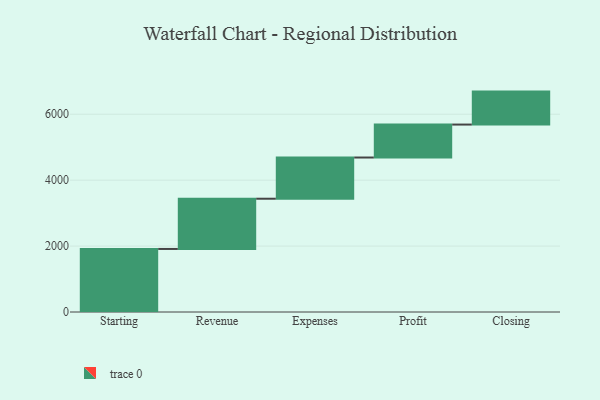
{"axis": {"x": "Step", "y": "Value"}, "legend": [""], "data": [{"x": "Starting", "y": 1913.0, "type": ""}, {"x": "Revenue", "y": 1524.0, "type": ""}, {"x": "Expenses", "y": 1250.0, "type": ""}, {"x": "Profit", "y": 1000, "type": ""}, {"x": "Closing", "y": 1000, "type": ""}]}